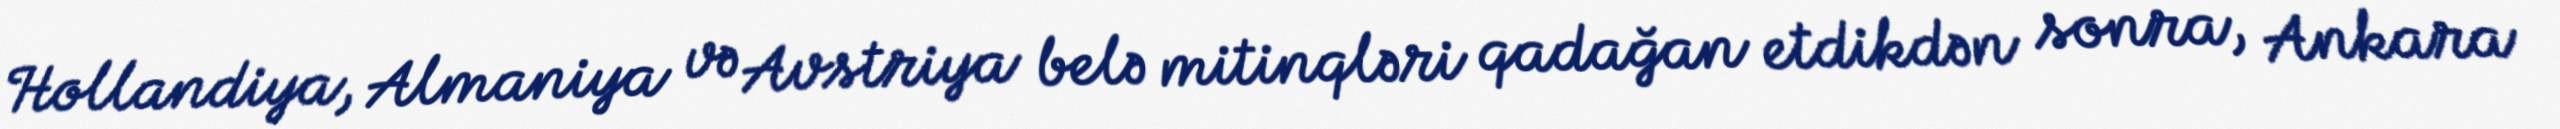
Hollandiya, Almaniya və Avstriya belə mitinqləri qadağan etdikdən sonra, Ankara